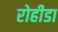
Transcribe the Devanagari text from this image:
रोहीडा